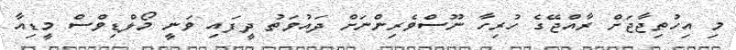
މި އިހުތިޖާޖަށް ރާއްޖޭގެ ހުރިހާ ނޫސްވެރިންނަށް ދައުވަތު ދީފައި ވަނީ މޯލްޑިވްސް މީޑިއާ